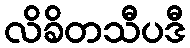
လိခိတသီပဒီ